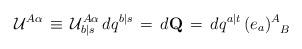
LaTeX: \begin{align*}{\cal U}^{A \alpha} \, \equiv \, {\cal U}^{A \alpha}_{b \vert s} \,dq^{b \vert s} \, = \, d{\bf Q} \, = \, dq^{a \vert t} \,( e_a )^{A}_{\phantom{A}B}\end{align*}